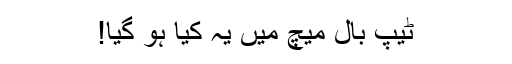
ٹیپ بال میچ میں یہ کیا ہو گیا!